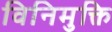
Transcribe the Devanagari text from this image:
विनिमुक्ति